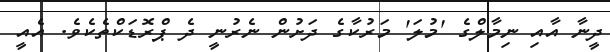
ދީނާ އާއި ނިމާލްގެ 'މުލަ' މަރުކާގެ ދަށުން ނެރުނީ ދެ ޕްރޮޑަކްތެކެވެ. އެއީ